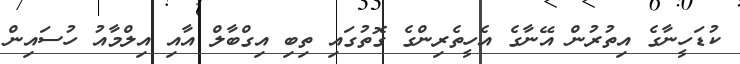
ކުޑަހީނާގެ އިތުރުން އޭނާގެ އެހީތެރިންގެ ގޮތުގައި ތިބި އިގްބާލް އާއި އިލްމާއު ހުސައިން